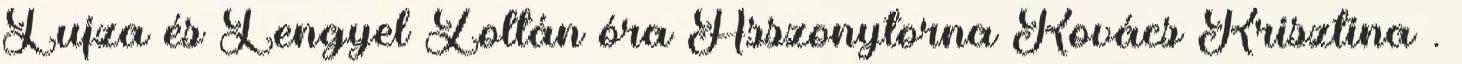
Lujza és Lengyel Zoltán óra Asszonytorna Kovács Krisztina .